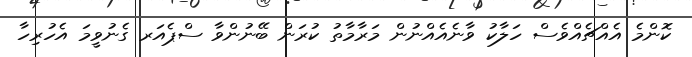
ކޮންމެ އެއްޗެއްވެސް ހަލާކު ވާނެއެއްނުން މަރާމާތު ކުރަން ބޭނުންވާ ސްޕެއަރ ގެނުވީމަ އެހުރިހާ